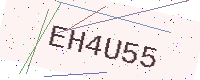
Text: EH4U55